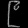
Digit: ၉